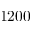
1 2 0 0